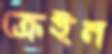
ক্রেইন